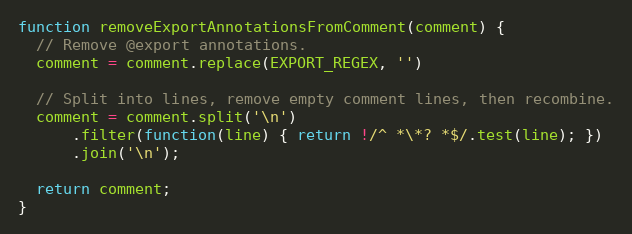
Language: JavaScript
function removeExportAnnotationsFromComment(comment) {
  // Remove @export annotations.
  comment = comment.replace(EXPORT_REGEX, '')

  // Split into lines, remove empty comment lines, then recombine.
  comment = comment.split('\n')
      .filter(function(line) { return !/^ *\*? *$/.test(line); })
      .join('\n');

  return comment;
}